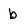
Character: b